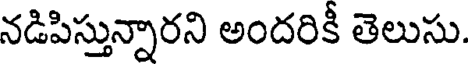
నడిపిస్తున్నారని అందరికీ తెలుసు.